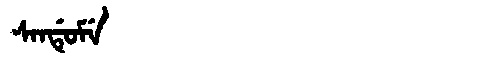
Manchu: ᠰᠠᠨᡩᡠᠮᡝ
Romanization: SANDUME